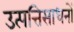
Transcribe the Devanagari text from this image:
उत्पत्तिसाधनों